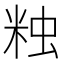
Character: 𧊾